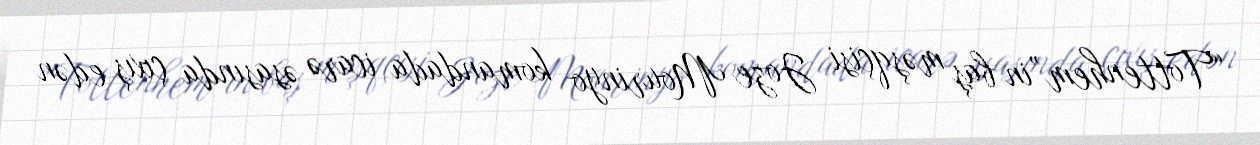
“Tottenhem”in baş məşqçisi Joze Mourinyo komandada icarə əsasında çıxış edən